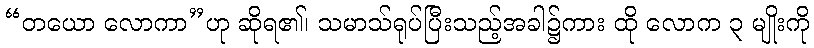
“တယော လောကာ”ဟု ဆိုရ၏၊ သမာသ်ရုပ်ပြီးသည့်အခါ၌ကား ထို လောက ၃ မျိုးကို